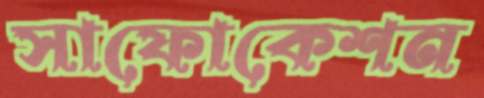
সাফোকেশন